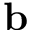
{ \bf b }